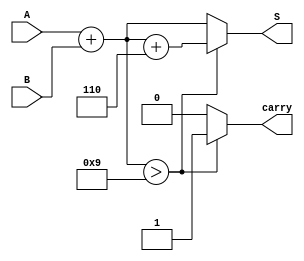
module BCD_Redundant_Binary_Adder (
    input [3:0] A,        // BCD input A
    input [3:0] B,        // BCD input B
    output reg [4:0] S,   // Redundant binary output (5 bits)
    output reg carry       // Carry output for multi-digit addition
);

    // Internal signals
    wire [4:0] sum;       // Sum of A and B in binary
    wire [4:0] corrected_sum; // Corrected sum after BCD adjustment

    // Perform binary addition
    assign sum = {1'b0, A} + {1'b0, B}; // Extend A and B to 5 bits for addition

    // BCD correction logic
    always @(*) begin
        if (sum > 5'd9) begin
            corrected_sum = sum + 5'd6; // Add 6 if sum exceeds 9
            carry = 1'b1; // Set carry if correction is applied
        end else begin
            corrected_sum = sum; // No correction needed
            carry = 1'b0; // No carry
        end
        S = corrected_sum; // Assign the corrected sum to output
    end

endmodule